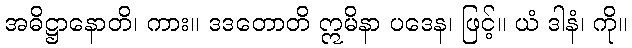
အဓိဋ္ဌာနောတိ၊ ကား။ ဒဒတောတိ ဣမိနာ ပဒေန၊ ဖြင့်။ ယံ ဒါနံ၊ ကို။